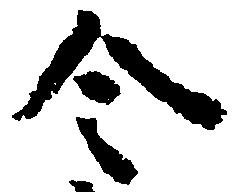
令